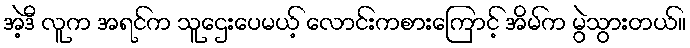
အဲ့ဒီ လူက အရင်က သူဌေးပေမယ့် လောင်းကစားကြောင့် အိမ်က မွဲသွားတယ်။